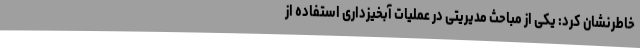
خاطرنشان کرد: یکی از مباحث مدیریتی در عملیات آبخیزداری استفاده از